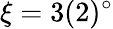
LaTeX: \xi=3(2)^{\circ}